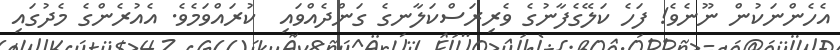
އެހެންނަކުން ނޫނެވެ! ފަހެ ކަލޭގެފާނުގެ ވެރިރަސްކަލާނގެ ގަންދެއްވައި  ކުރައްވަމެވެ. އެއުރެންގެ މެދުގައި